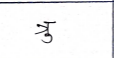
मजकूर: त्रु